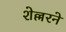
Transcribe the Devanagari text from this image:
शेल्लरने